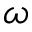
\omega